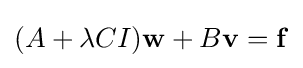
(A+\lambda CI)\mathbf {w} +B\mathbf {v} =\mathbf {f}